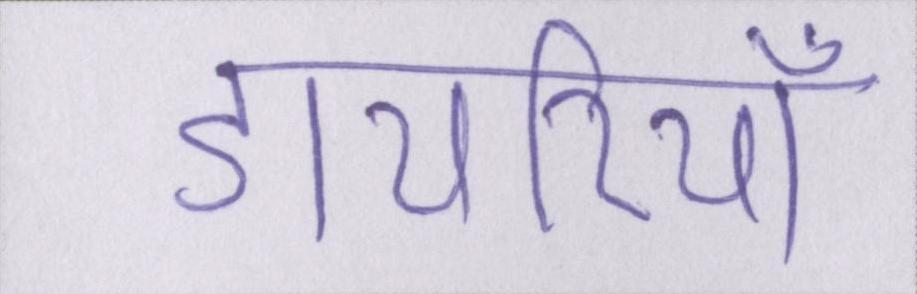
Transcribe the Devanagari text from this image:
डायरियाँ